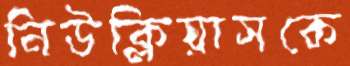
নিউক্লিয়াসকে